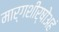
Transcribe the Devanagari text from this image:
मार्गशीर्षोअहं